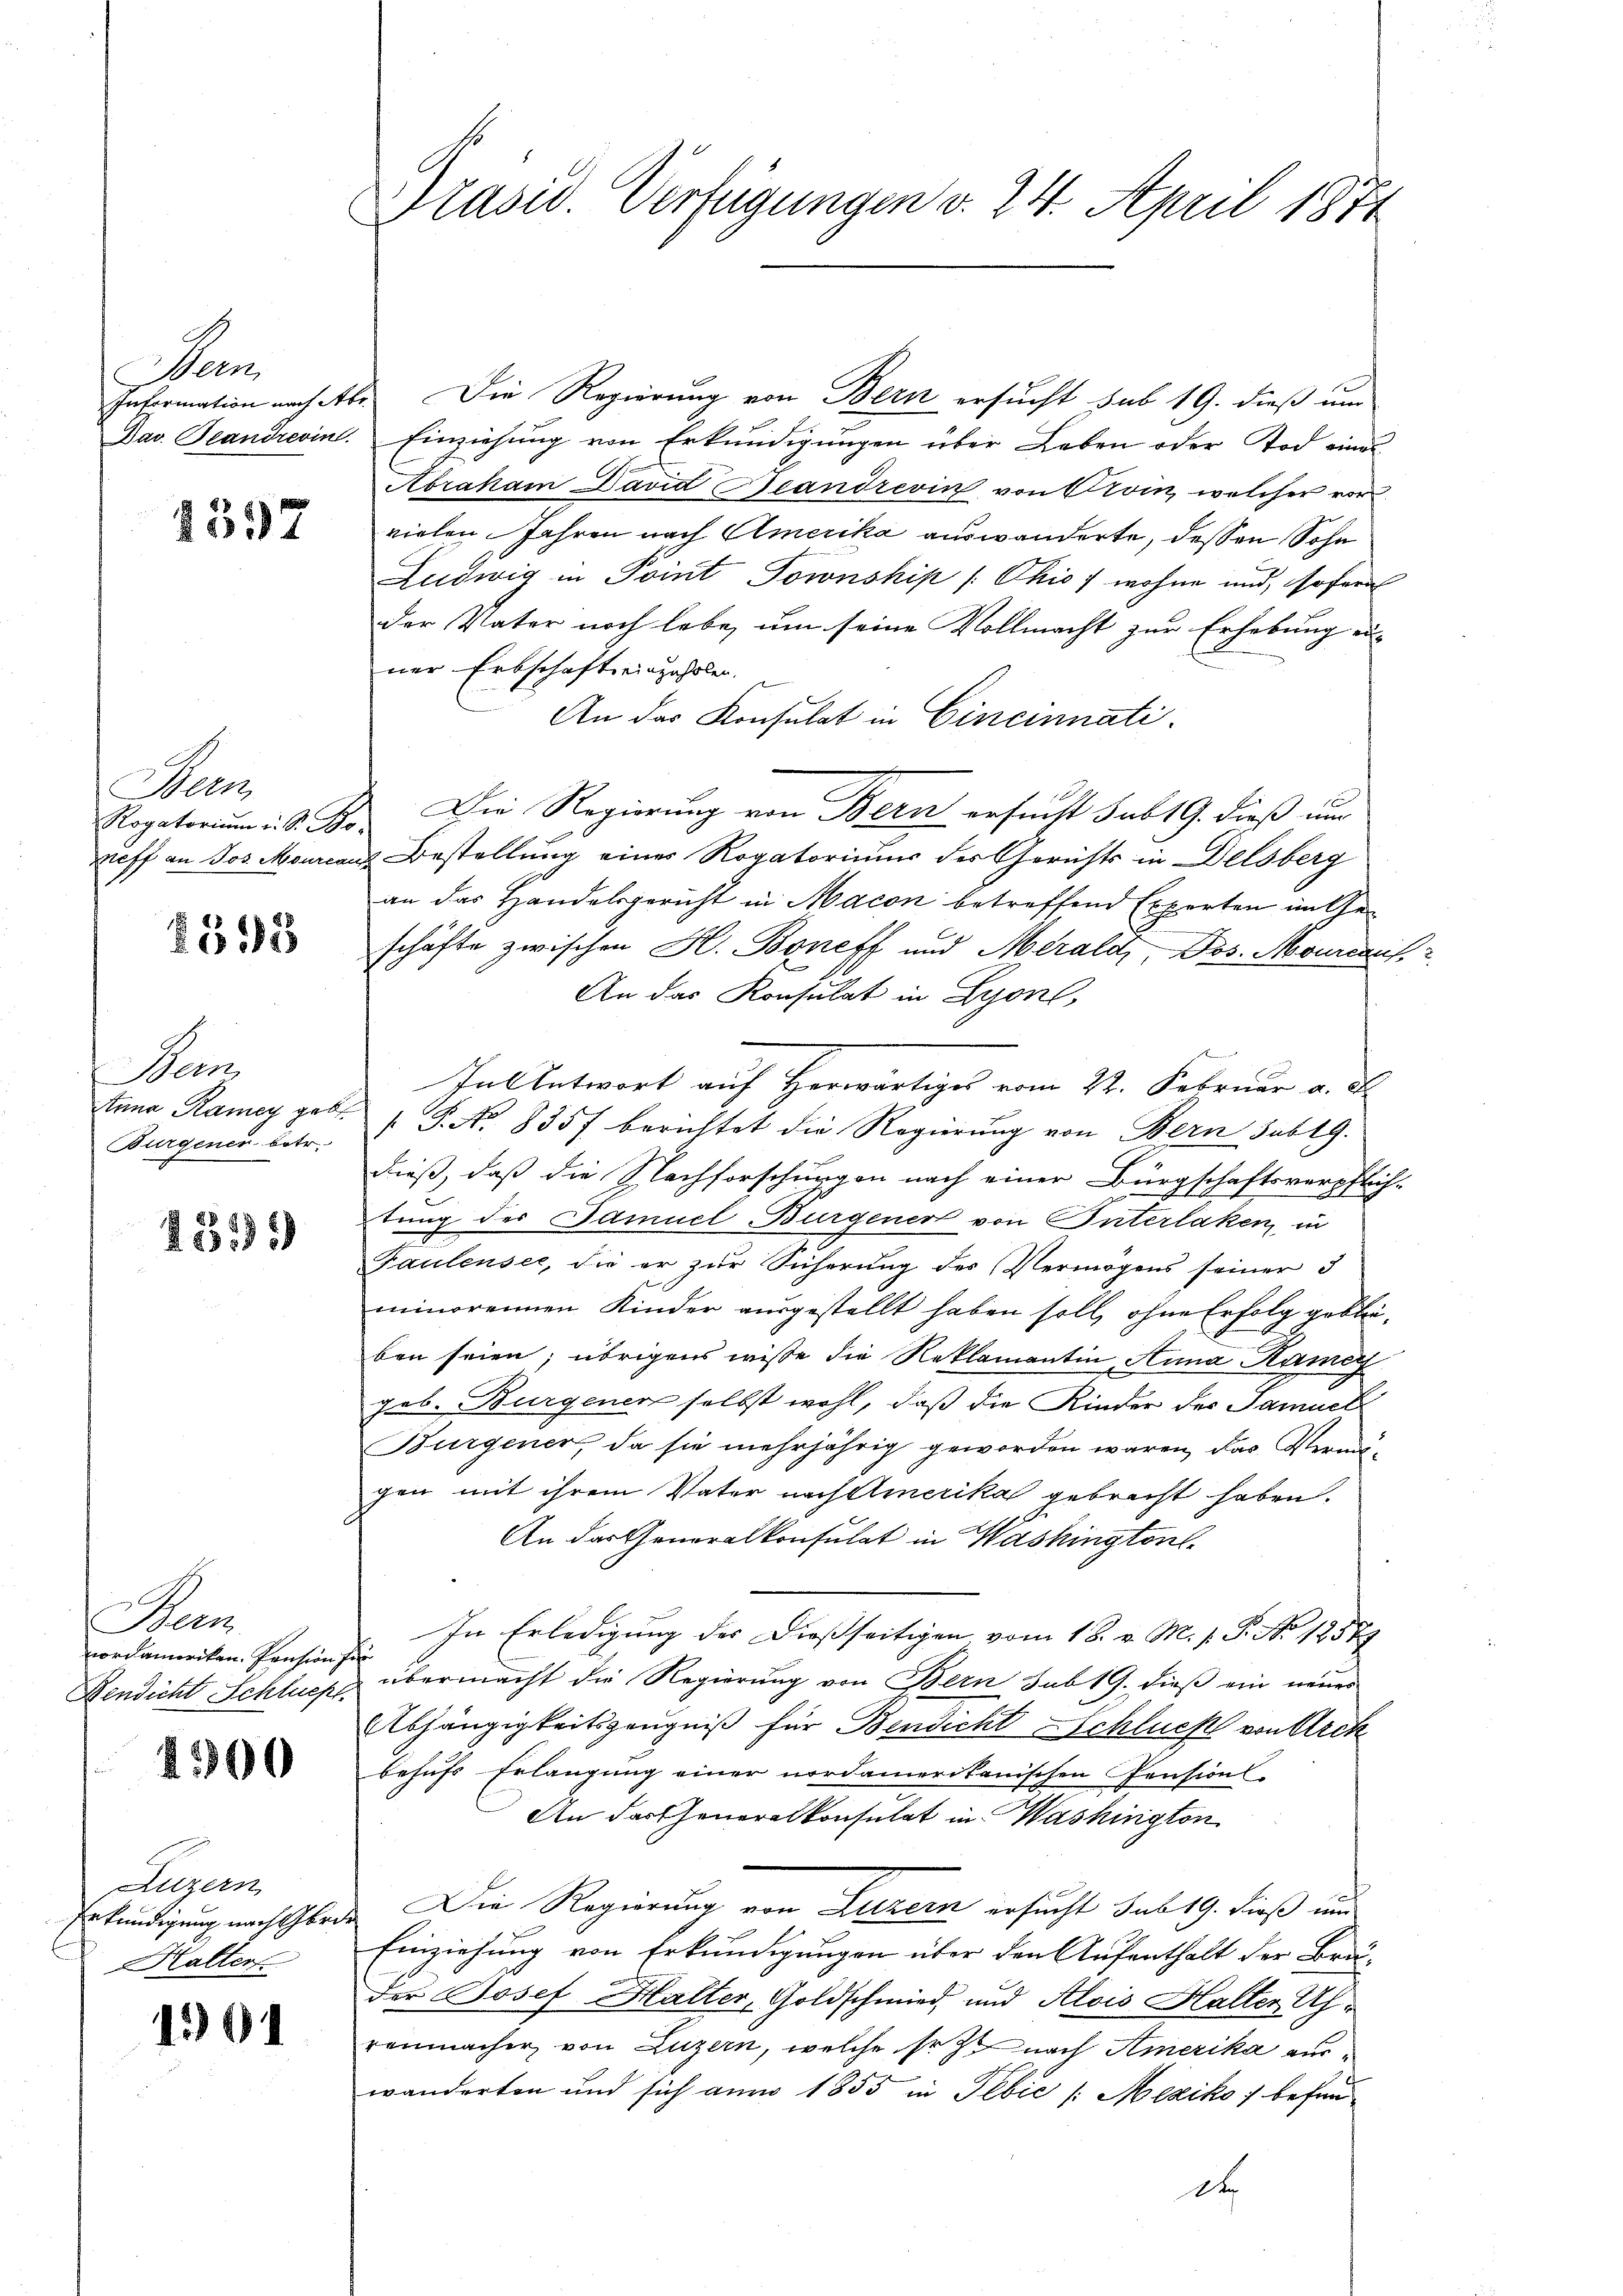
Dan
Dav. Beandrevin

1597

Bern
Rogatorium u. St. Bo-

§515

Seon
Anna Ramey geb.
Burgener betr.

15191)

Bern
nordamerikan. Pension
Bendicht Schlues

4300

Luzern
Erkundigung nach Gre
Halter

1301

Präsid. Verfügungen v. 24. April 1871

Intermation nach Abs. Die Regierung von Bern ersucht sub 19. dieß um
Einziehung von Erkundigungen über Leben oder Tod eines
Abraham David Beandrevin von Livin, welcher vor
vielen Jahren nach Amerika auswanderte, dessen Sohn
Ludwig in Point Tornship / Chis 7 wohne und, sofern
der Vater noch lebe, um seine Vollmacht zur Erhebung ei-
ner Erbschaftseinzuholen.
An das Konsulat in Cincinnati
4 Die Regierung von Bern ersucht sub 19. dieß nur
reff an Jos. Mourcauz Bestellung eines Rogatorium der Gerichts in Delsberg
an das Handelsgericht in Macon betreffend Experten im Geschäfte zwischen H. Boneff und Merald, Dos. Mourcari
An das Konsulat in Lyon,
In Antwort auf Herwärtiges vom 22. Februar a. d.
G. No. 8357 berichtet die Regierung von Bern sub 19.
dieß, daß die Nachforschungen nach einer Bürgschaftsverpflich-
tung des Samuel Bürgener von Interlaken, in
Faulensee, die er zur Sicherung des Vermögens seiner 3
minorennen Kinder ausgestellt haben soll, ohne Erfolg geblieben seien; übrigens wisse die Reklamantin, Anna Kamer
geb. Burgenen selbst wohl, daß die Kinder des Samuel
Bürgener, da sie mehrjährig geworden waren, das Vermögen mit ihrem Vater nach Amerika gebracht haben.
An das Generalkonsulat in Washington
. In Erledigung des Dießseitigen, vom 18. v. M. v. P. No. 18577
übermacht die Regierung von Bern sub 19. dieß ein neues
Abhängigkeitszeugniß für Bendicht Schluch von Arch
behufs Erlangung einer nordamerikanischen Pensions-
An dartheneralkonsulat in Washington
Die Regierung von Luzern ersucht sub 19. dieß und
Einziehung von Erkundigungen über den Aufenthalt der Brau-
der Josef Halter, Goldschmied und Alois Halten Uh
renmacher von Luzern, welche sr J. nach Amerika auswanderten und sich am 1855 in Tebić (Mexiko; befund
D